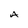
Character: A